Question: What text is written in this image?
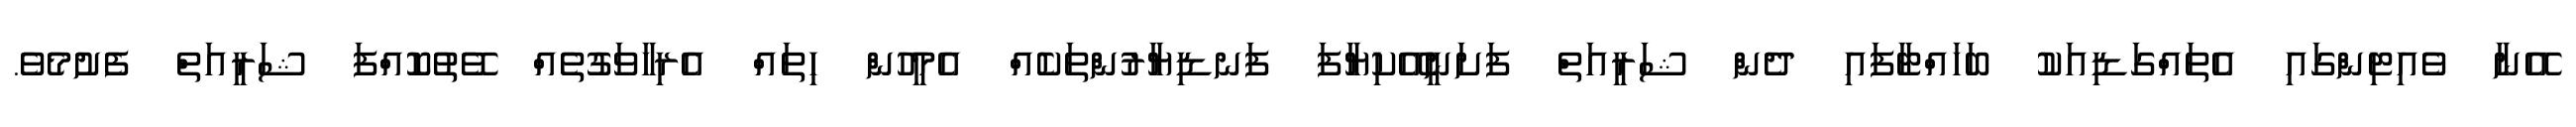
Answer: އޭނާ ވެއިޓިންގައި އެތައްގަޑިއަކު ބަހައްޓާފައި ދެން ޝަރީއަތް ފަށަނީއޭކިޔާފަ ފަނޑިޔާރުންތަކެއް އެމީހުން ހިތައް އެރިހާވަގުތެއް ވޭތުކޮއްފަ ޝަރީއަތް ފެށުމެވެ.